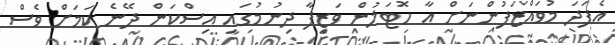
އެފަދަ މުވައްޒަފުންނަށް އާ ހޮޓަލުން ވަޒީފާ ދިނުމުގައި އިސްކަން ދޭނެ ކަމަށް ވެސް